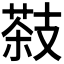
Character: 𦷨